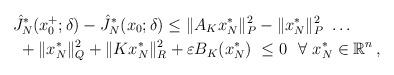
LaTeX: \begin{align*}&\hat{J}_N^*(x_0^+;\delta)-\hat{J}_N^*(x_0;\delta) \leq \lVert A_K x_N^* \rVert^2_{P} - \lVert x_N^*\rVert^2_P \ \dots\\\ & \ +\lVert x_N^* \rVert^2_Q + \lVert Kx_N^* \rVert^2_{R} + \varepsilon B_K(x_N^*) \ \leq 0 \ \ \forall \ x_N^* \in \mathbb{R}^n \, , \end{align*}